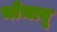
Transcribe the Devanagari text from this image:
भोभावू